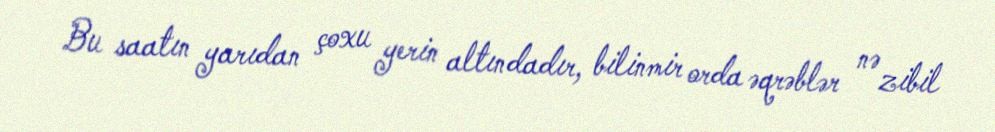
Bu saatın yarıdan çoxu yerin altındadır, bilinmir orda əqrəblər nə zibil